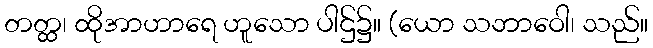
တတ္ထ၊ ထိုအာဟာရေ ဟူသော ပါဌ်၌။ (ယော သဘာဝေါ၊ သည်။